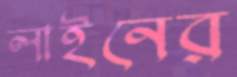
লাইনের